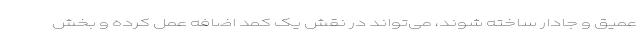
عمیق و جادار ساخته شوند، می‌تواند در نقش یک کمد اضافه عمل کرده و بخش